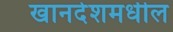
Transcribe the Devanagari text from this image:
खानदेशमधील